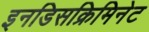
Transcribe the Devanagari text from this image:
इनडिसक्रिमिनेट